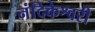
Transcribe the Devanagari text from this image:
नंदिकेश्वरी